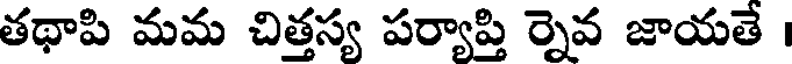
తథాపి మమ చిత్తస్య పర్యాప్తి ర్నెవ జాయతే